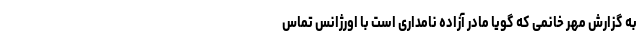
به گزارش مهر خانمی که گویا مادر آزاده نامداری است با اورژانس تماس